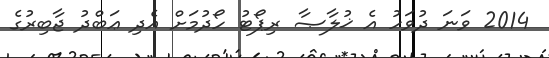
2014 ވަނަ ދުވަހު އެ ޚުލާޞާ ރިޕޯޓު ހޯދުމަށް އެދި ޢަބްދު ޖާބިރުގެ